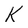
Character: K